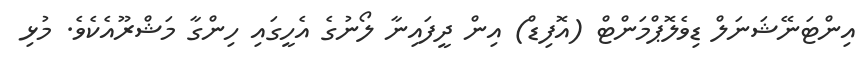
އިންޓަނޭޝަނަލް ޑިވެލޮޕްމަންޓް (އޮފިޑް) އިން ދީފައިނާ ލޯނުގެ އެހީގައި ހިންގާ މަޝްރޫއެކެވެ. މުޅި